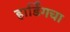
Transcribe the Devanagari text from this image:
हार्डिंगचा